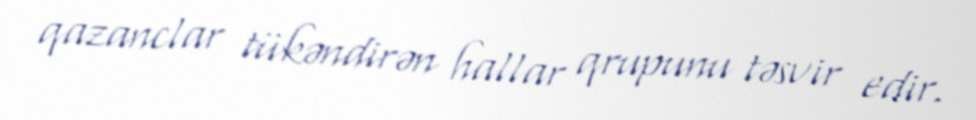
qazanclar tükəndirən hallar qrupunu təsvir edir.